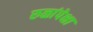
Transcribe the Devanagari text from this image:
रुळांपेक्षा